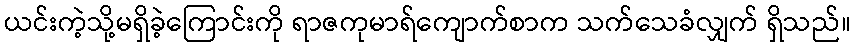
ယင်းကဲ့သို့မရှိခဲ့ကြောင်းကို ရာဇကုမာရ်ကျောက်စာက သက်သေခံလျှက် ရှိသည်။